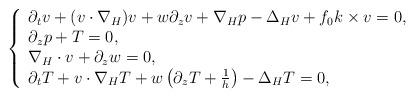
LaTeX: \begin{align*}\left\{\begin{array}{l}\partial_tv+(v\cdot\nabla_H)v+w\partial_zv+\nabla_Hp-\Delta_H v+f_0k\times v=0,\\\partial_zp+T=0,\\\nabla_H\cdot v+\partial_zw=0,\\\partial_tT+v\cdot\nabla_HT+w\left(\partial_zT+\frac{1}{h}\right) -\Delta_HT=0,\end{array}\right.\end{align*}